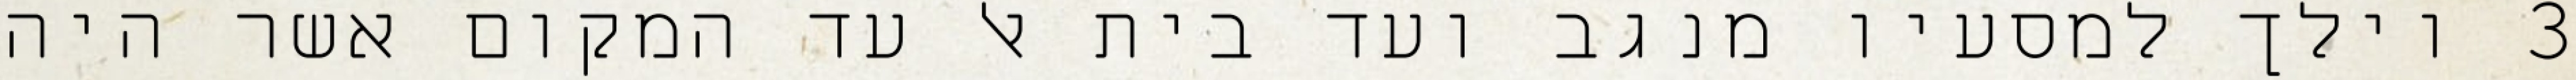
‎3‏ וילך למסעיו מנגב ועד בית אל עד המקום אשר היה